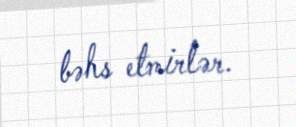
bəhs etmirlər.